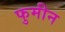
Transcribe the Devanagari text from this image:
फुमीन